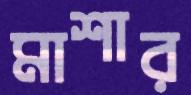
মাশার